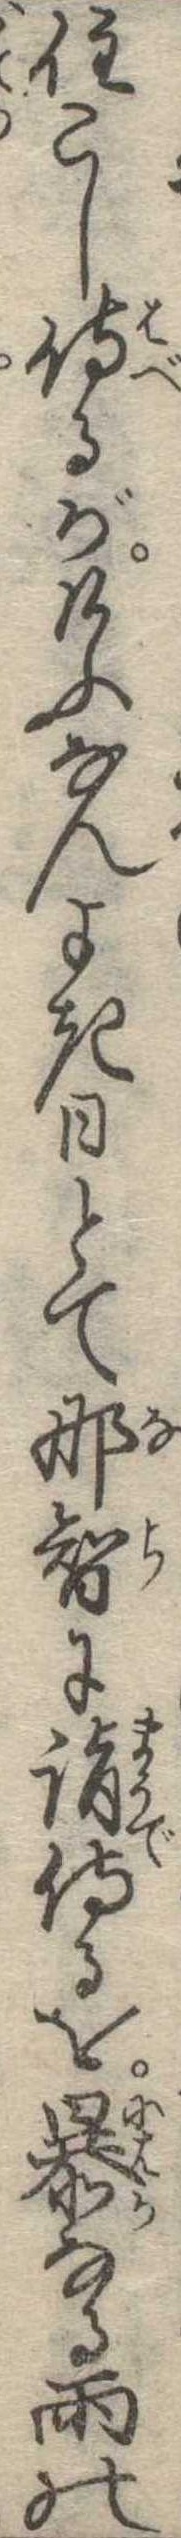
住こし侍るがけふなんよき日とて那智に詣侍るを暴なる雨の